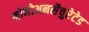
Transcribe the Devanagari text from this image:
मोनोअनसैचुरेटेड